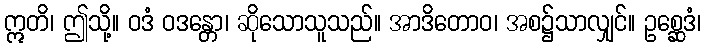
ဣတိ၊ ဤသို့။ ဝဒံ ဝဒန္တော၊ ဆိုသောသူသည်။ အာဒိတောဝ၊ အစ၌သာလျှင်။ ဥစ္ဆေဒံ၊